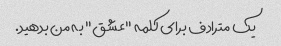
یک مترادف برای کلمه "عشق" به من بدهید.